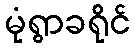
မုံရွာခရိုင်